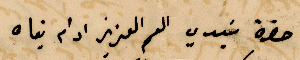
حضرة سيدي العم العزيز ادام بقاه